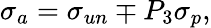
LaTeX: \sigma_{a}=\sigma_{un}\mp P_{3}\sigma_{p},